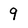
Character: 9